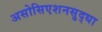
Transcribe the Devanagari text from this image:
असोसिएशनसुद्धा